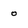
Character: o